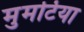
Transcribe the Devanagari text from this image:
मुमटिया